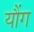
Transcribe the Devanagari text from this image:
यौंग